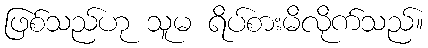
ဖြစ်သည်ဟု သူမ ရိပ်စားမိလိုက်သည်။